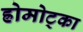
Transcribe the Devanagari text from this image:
ह्रोमोट्का